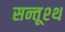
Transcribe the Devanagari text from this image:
सन्तूश्थ